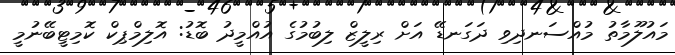
މައުލޫމާތު މުއްސަނދިވި ދަގަނޑޭ އަށް ރިލީޒް ލިބުމުގެ އުއްމީދު ބޮޑު: އޮލިމްޕިކް ކޮމިޓީބޭނުމީ